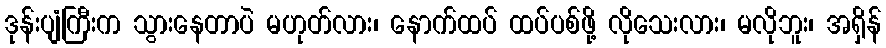
ဒုန်းပျံကြီးက သွားနေတာပဲ မဟုတ်လား၊ နောက်ထပ် ထပ်ပစ်ဖို့ လိုသေးလား၊ မလိုဘူး၊ အရှိန်